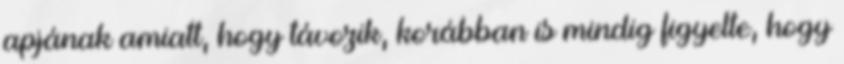
apjának amiatt, hogy távozik, korábban is mindig figyelte, hogy